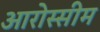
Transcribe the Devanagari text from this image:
आरोस्सीम